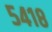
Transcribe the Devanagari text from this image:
५४१८